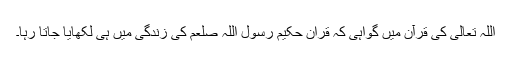
اللہ تعالی کی قرآن میں گواہی کہ قران حکیم رسول اللہ صلعم کی زندگی میں ہی لکھایا جاتا رہا۔